[Report on the health of British troops in the Madras command]
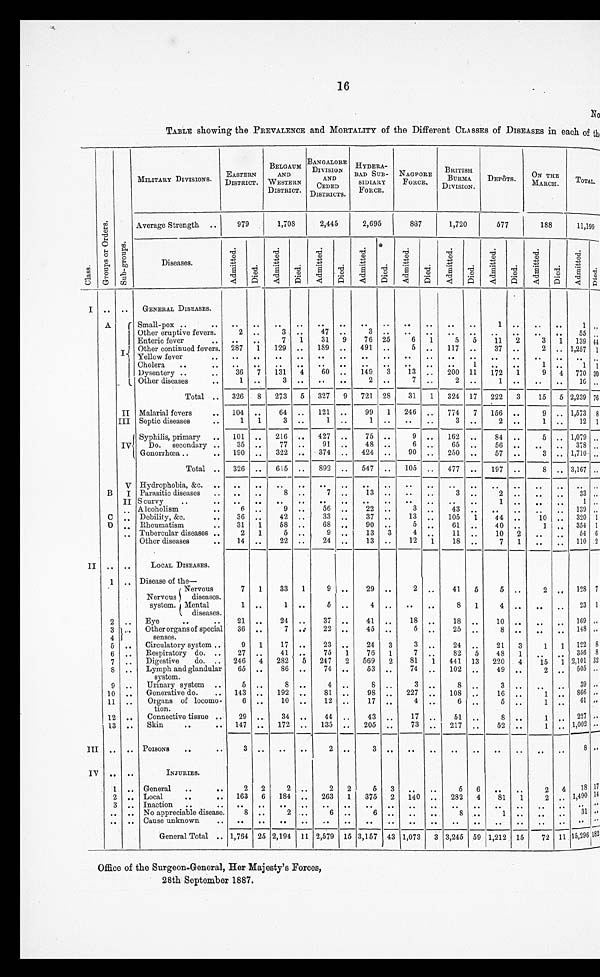
16
TABLE showing the PREVALENCE and MORTALITY of the Different CLASSES of DISEASES in each of th
Class
G r o u p s o r O r e d e r s .
Sub-groups.MILITARY DIVISIONS.
E A S T E R N D I S T R I C T .
B E L G A U M A N D W E S T E R N D I S T R I C T .
BANGALORE
DIVISIONS.
DISTRICT.
.
AND CEDED DISTRICTS.
H Y D E R A B A D S U B - S I D I A R Y F O R C E .
N A G P O R E F O R C E .
BRITISH BURMA DIVISION. DEPôTS. ON THE MARCH. TOTAL
Average Strength ..
9 7 9
1 , 7 0 8
2,445
2 , 6 9 5
8 8 7
1,720
5 7 7 188
11, 199
Diseases.
A d m i t t e d .
D i e d .
A d m i t t e d .
D i e d .
Admitted.
D i e d .
A d m i t t e d .
D i e d .
A d m i t t e d .
D i e d .
Admitted.
D i e d .
A d m i t t e d .
D i e d .
Admitted.
D i e d .
Admitted.
I ...
...
GENERAL DISEASES.
A
I
Small-pox ..
..
. .
. .
. .
. .
..
. .
. .
. .
. .
. .
..
. .
1
. .
..
. .
1
Other eruptive fever.
2
. .
3
. .
47
. .
3
. .
. .
. .
..
. .
. .
. .
..
. .
55
Enteric fever
..
. .
. .
7
1 31
9
7 6
2 5
6
1 5
5
1 1
2 3
1 139
Other continued fevers.
2 8 7
1
1 2 9
. .
189
. .
4 9 1
. .
5
. .
117
. .
3 7
. .
2
. .
1,257
Yellow fever
..
. .
. .
. .
. .
..
. .
. .
. .
. .
. .
..
. .
. .
. .
..
. .
..
Cholera ..
..
. .
. .
. .
. .
..
. .
. . . .
. .
. .
. .
..
1
. .
. .
1
. .
Dysentery ..
..
3 6
7
1 3 1
4 60
. .
1 4 9
3
1 3
. .
200
1 1
1 7 2
1 9
4 770
Other diseases ..
1
. .
3
. .
..
. .
3 3 2
. .
7
. .
2
. .
1
. .
..
. .
16
Total
..
3 2 6
8
2 7 3
5 327
9
7 2 1
2 8
3 1
1 324
1 7
2 2 2
3 15
5 2,239
II Malarial fevers
..
1 0 4
. .
6 4
. .
121
. .
. .
9 9
1
2 4 6
..
7 7 4
7
1 5 6
..
9 1,573
III
Septic diseases ..
1
1
3
. .
1
. .
1
. .
. .
. .
3
. .
2
. .
1
. .
12
I V
Syphilis, primary ..
1 0 1
. .
2 1 6
. .
427
. .
7 5
. .
9
. .
162
. .
8 4
. .
5
. .
1,079
Do. secondary ..
3 5
. .
7 7
. .
91
. .
4 8
. .
6
. .
65
. .
5 6
. .
..
. .
378
Gonorrhœa ..
..
1 9 0
. .
3 2 2
. .
374
. .
4 2 4
. .
9 0 . .
250
. .
5 7
. .
3
. .
1,710
Total
..
3 2 6
. .
6 1 5
. .
892
. .
5 4 7
. .
1 0 5
. .
477
. .
1 9 7
. .
8
. .
3,167
V
Hydrophobia, &c. ..
. .
. .
. .
. .
..
. .
. .
. .
. .
. .
..
. .
. .
. .
..
. .
..
B I
Parasitic diseases ..
. .
. .
8
. .
7
. .
1 3
. .
. .
. .
3
. .
2
. .
..
. .
33
II
Scurvy
..
..
. .
. .
. .
. .
..
. .
. .
. .
. .
. .
..
. .
1
. .
..
. .
1
..
Alcoholism
..
6
. .
9
. .
56
. .
2 2
. .
3
. .
43
. .
. .
. .
..
. .
139
C ..
Debility, &c.
..
3 6
. .
4 2
. .
33
. .
3 7
. .
1 3
. .
105
1
4 4
. .
10
. .
320
D ..
Rheumatism
..
3 1
1
5 8
. .
68
. .
9 0
. .
5
. .
61
. .
4 0
. .
1
. .
354
..
Tubercular diseases ..
2
1
5
. .
9
. .
1 3
3
4
. .
11
. .
1 0
2 ..
. .
54
Other diseases ..
1 4
. .
2 2
. .
24
. .
1 3
. .
1 2
1 18
. .
7
1 ..
. .
110
II
. .
..
LOCAL DISEASES.
.
—
1 ..
Disease of the—
Nervous syst em. Nervous di seases. Ment al di seases.
7
1
1
. .
3 3
1
1
. .
9 5
. .
. .
2 9
4
. .
. .
2
. .
. .
. .
41
8
5
1
5
4
. .
. .
2
..
. .
. .
128
23
2 ..
E y e . . . .
2 1
. .
2 4
. .
37
. .
4 1
. .
1 8
. .
18
. .
1 0
. .
..
. .
169
3 ..
Other organs of special senses.
3 6
. .
7
. .
22
. .
4 5
. .
5
. .
25
. .
8
. .
..
. .
148
4
5 ..
Circulatory system ..
9
1
1 7
. .
23
. .
2 4
3
3
. .
24
. .
2 1
3 1
1
. .
122
6 ..
Respiratory do. ..
2 7
. .
4 1
. .
7 5 1
7 6
1
7
. .
82
5
4 8
1
..
. .
356
7 ..
Digestive do.
..
2 4 6
4
2 8 2
5 247
2
5 6 9
2
8 1
1 441
1 3
2 2 0
4 15
1 2,101
8 ..
L y m p h a n d g l a n d u l a r s y s t e m .
6 5
. .
8 6
. .
74
. .
5 3
. .
7 4
. .
102
. .
4 9
. .
2
. .
505
9 ..
Urinary system ..
5
. .
8
. .
4
. .
8
. .
3
. .
8
. .
3
. .
..
. .
39
1 0
..
Generative do. ..
1 4 3
. .
1 9 2
. .
81
. .
9 8
. . .
2 2 7
. .
108
. .
1 6
. .
1
. .
866
1 1
..
O r g a n s o f l o c o m o t i o n .
6
. .
1 0
. .
12
. .
1 7
. .
4
. .
6
. .
5
. .
1
. .
61
1 2
..
Connective tissue ..
2 9
. .
3 4
. .
44
. .
4 3
. .
1 7
. .
51
..
8
. .
1
. .
227
1 3
..
Skin
..
..
1 4 7
. .
1 7 2
. .
135
. .
2 0 5
. .
7 3
. .
217
. .
5 2
. .
1
. .
1,002
III
. .
..
POISONS ..
..
3
. .
. .
. .
2
. .
3
. .
. .
. .
..
. .
. .
. .
..
. .
8
IV
. .
..
INJURIES.
1 ..
General ..
..
2
2
2
. .
2
2
5
3
. .
. .
5
6
. .
. .
2
4 18
2 ..
Local ..
..
1 6 3
6
1 8 4
. .
263
1
3 7 5
2
1 4 0
. .
282
4
8 1
1 2
. .
1,490
3 ..
Inaction..
..
. .
. .
. .
. .
..
. .
. .
. .
. .
. .
..
. .
. .
. .
..
. .
..
. .
..
No appreciable dieseaes.
8
. .
2
. .
6
. .
6
. .
. .
. .
8
. .
1
. .
..
. .
31
. .
..
Cause unknown ..
. .
. .
. .
. .
..
. .
. .
. .
. .
. .
..
. .
. . .
. .
..
. .
..
. .
Gneral Total
..
1 , 7 6 4
2 5
2 , 1 9 4
1 1
2,579
1 5
3 , 1 5 7 4 3
1 , 0 7 3
3
3 , 2 4 5
59
1 , 2 1 2
1 5
7 2
11
15,296
Office of the Surgeon-General, Her Majesty's Forces,
28th September 1887.